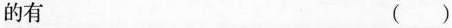
的有 ()